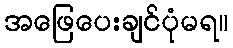
အဖြေပေးချင်ပုံမရ။